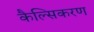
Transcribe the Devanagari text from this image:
कैल्सिकरण